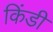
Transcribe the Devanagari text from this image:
किंडी